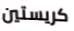
كريستين